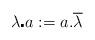
LaTeX: \begin{align*} \lambda \mathbf{\centerdot} a := a .\overline{\lambda}\end{align*}